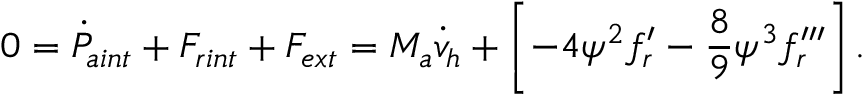
0 = \dot { P } _ { a i n t } + F _ { r i n t } + F _ { e x t } = M _ { a } \dot { v } _ { h } + \left[ - 4 { \psi } ^ { 2 } f _ { r } ^ { \prime } - { \frac { 8 } { 9 } } { \psi } ^ { 3 } f _ { r } ^ { \prime \prime \prime } \right] .